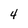
Character: 4